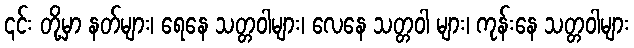
၎င်း တို့မှာ နတ်များ၊ ရေနေ သတ္တဝါများ၊ လေနေ သတ္တဝါ များ၊ ကုန်းနေ သတ္တဝါများ